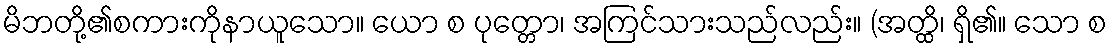
မိဘတို့၏စကားကိုနာယူသော။ ယော စ ပုတ္တော၊ အကြင်သားသည်လည်း။ (အတ္ထိ၊ ရှိ၏။ သော စ